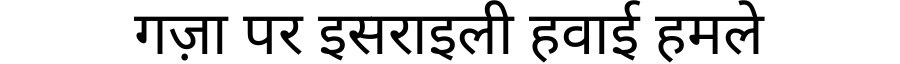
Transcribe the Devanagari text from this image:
गज़ा पर इसराइली हवाई हमले